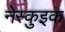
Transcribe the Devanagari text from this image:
नेस्कुइक